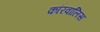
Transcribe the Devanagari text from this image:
कॉरवालिस